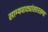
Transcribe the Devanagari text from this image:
साम्यवाद्यांसारख्पा